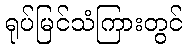
ရုပ်မြင်သံကြားတွင်